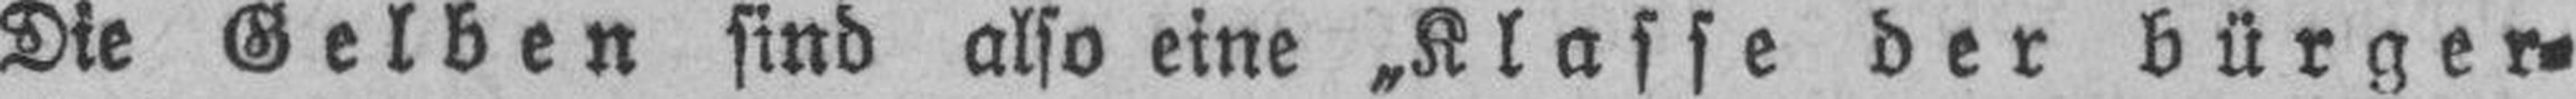
Die Gelben sind also eine „Klasse der bürger¬